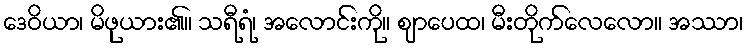
ဒေဝိယာ၊ မိဖုယား၏။ သရီရံ၊ အလောင်းကို။ ဈာပေထ၊ မီးတိုက်လေလော။ အဿာ၊